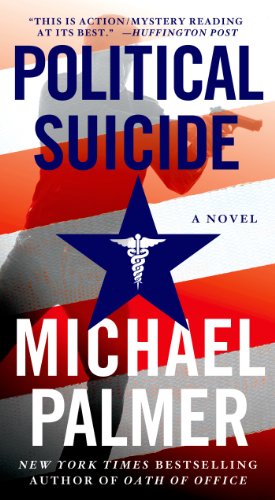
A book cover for Political Suicide; Michael Palmer; Mystery, Thriller & Suspense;